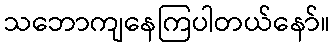
သဘောကျနေကြပါတယ်နော်။